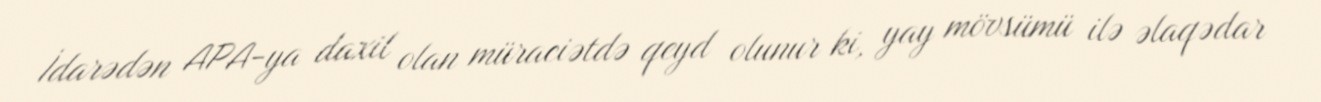
İdarədən APA-ya daxil olan müraciətdə qeyd olunur ki, yay mövsümü ilə əlaqədar